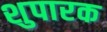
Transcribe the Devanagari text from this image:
शुपारक